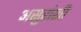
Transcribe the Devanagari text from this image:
असुरांशी